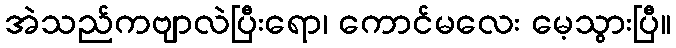
အဲသည်ကဗျာလဲပြီးရော၊ ကောင်မလေး မေ့သွားပြီ။